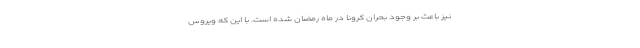
نیز باعث بر وجود بحران کرونا در ماه رمضان شده است. با این که ویروس